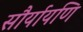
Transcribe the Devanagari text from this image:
सौर्यायणि